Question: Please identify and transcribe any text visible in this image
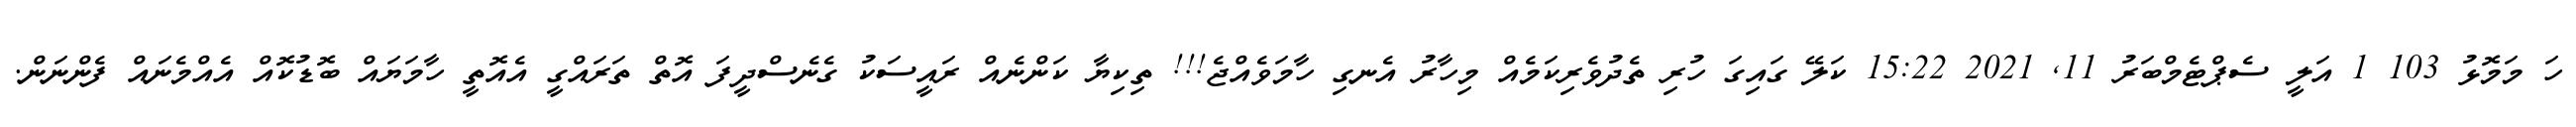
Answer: ހަ މަމޮޅު 103 1 އަލީ ސެޕްޓެމްބަރު 11, 2021 15:22 ކަލޭ ގައިގަ ހުރި ތެދުވެރިކަމެއް މިހާރު އެނގި ހާމަވެއްޖެ!!! ތިކިޔާ ކަންނެއް ރައީސަކު ގެނެސްދީފަ އޮތް ތަރައްގީ އެއޮތީ ހާމަޔައް ބޮޑުކޮއް އެއްމެނައް ފެންނަން.